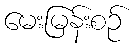
မေးမြန်းစဉ်